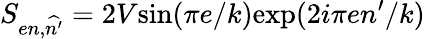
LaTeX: S_{en,\widehat{n^{\prime}}}=2V\mathrm{sin}(\pi e/k)\mathrm{exp}(2i\pi en^{\prime}/k)